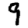
Digit: 9